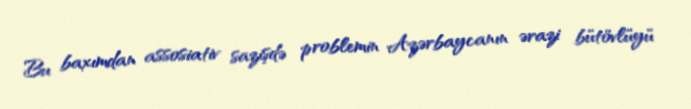
Bu baxımdan assosiativ sazişdə problemin Azərbaycanın ərazi bütövlüyü